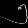
Digit: ၅